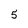
Character: 5